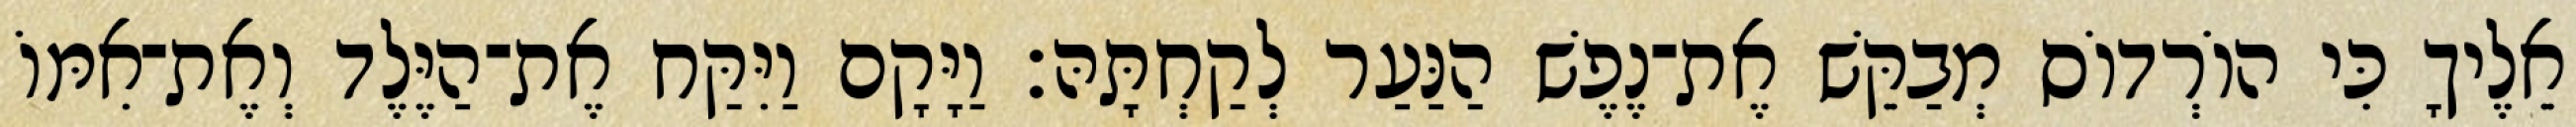
אֵלֶיךָ כִּי הוֹרְדוֹס מְבַקֵּשׁ אֶת־נֶפֶשׁ הַנַּעַר לְקַחְתָּהּ׃ וַיָּקָם וַיִּקַּח אֶת־הַיֶּלֶד וְאֶת־אִמּוֹ